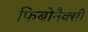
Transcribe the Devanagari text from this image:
फिबोनैक्सी